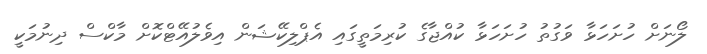
ލޯނަށް ހުށަހަޅާ ވަގުތު ހުށަހަޅާ ކުއްޖާގެ ކުރިމަތީގައި އެޕްލިކޭޝަން އިވެލުއޭޓްކޮށް މާކްސް ދިނުމަކީ